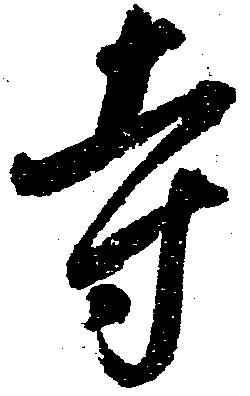
寺